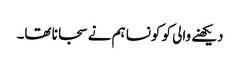
دیکھنے والی کو کونسا ہم نے سجانا تھا۔